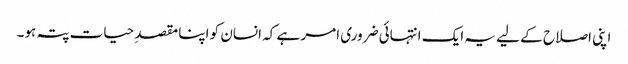
اپنی اصلاح کے لیے یہ ایک انتہائی ضروری امر ہے کہ انسان کو اپنا مقصدِ حیات پتہ ہو۔